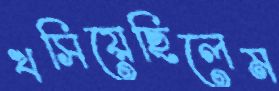
খসিয়েছিলেম